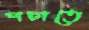
পচাতে